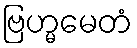
ဗြဟ္မမေတံ